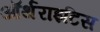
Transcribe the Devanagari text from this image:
ऑर्थराइटिस